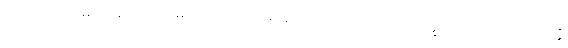
ဘော ဂေါတမ၊ အရှင်ဂေါတမ။ သယံကတံ၊ မိမိသည် ပြုအပ်သော။ ဒုက္ခံ၊ ဆင်းရဲသည်။ အတ္ထိ